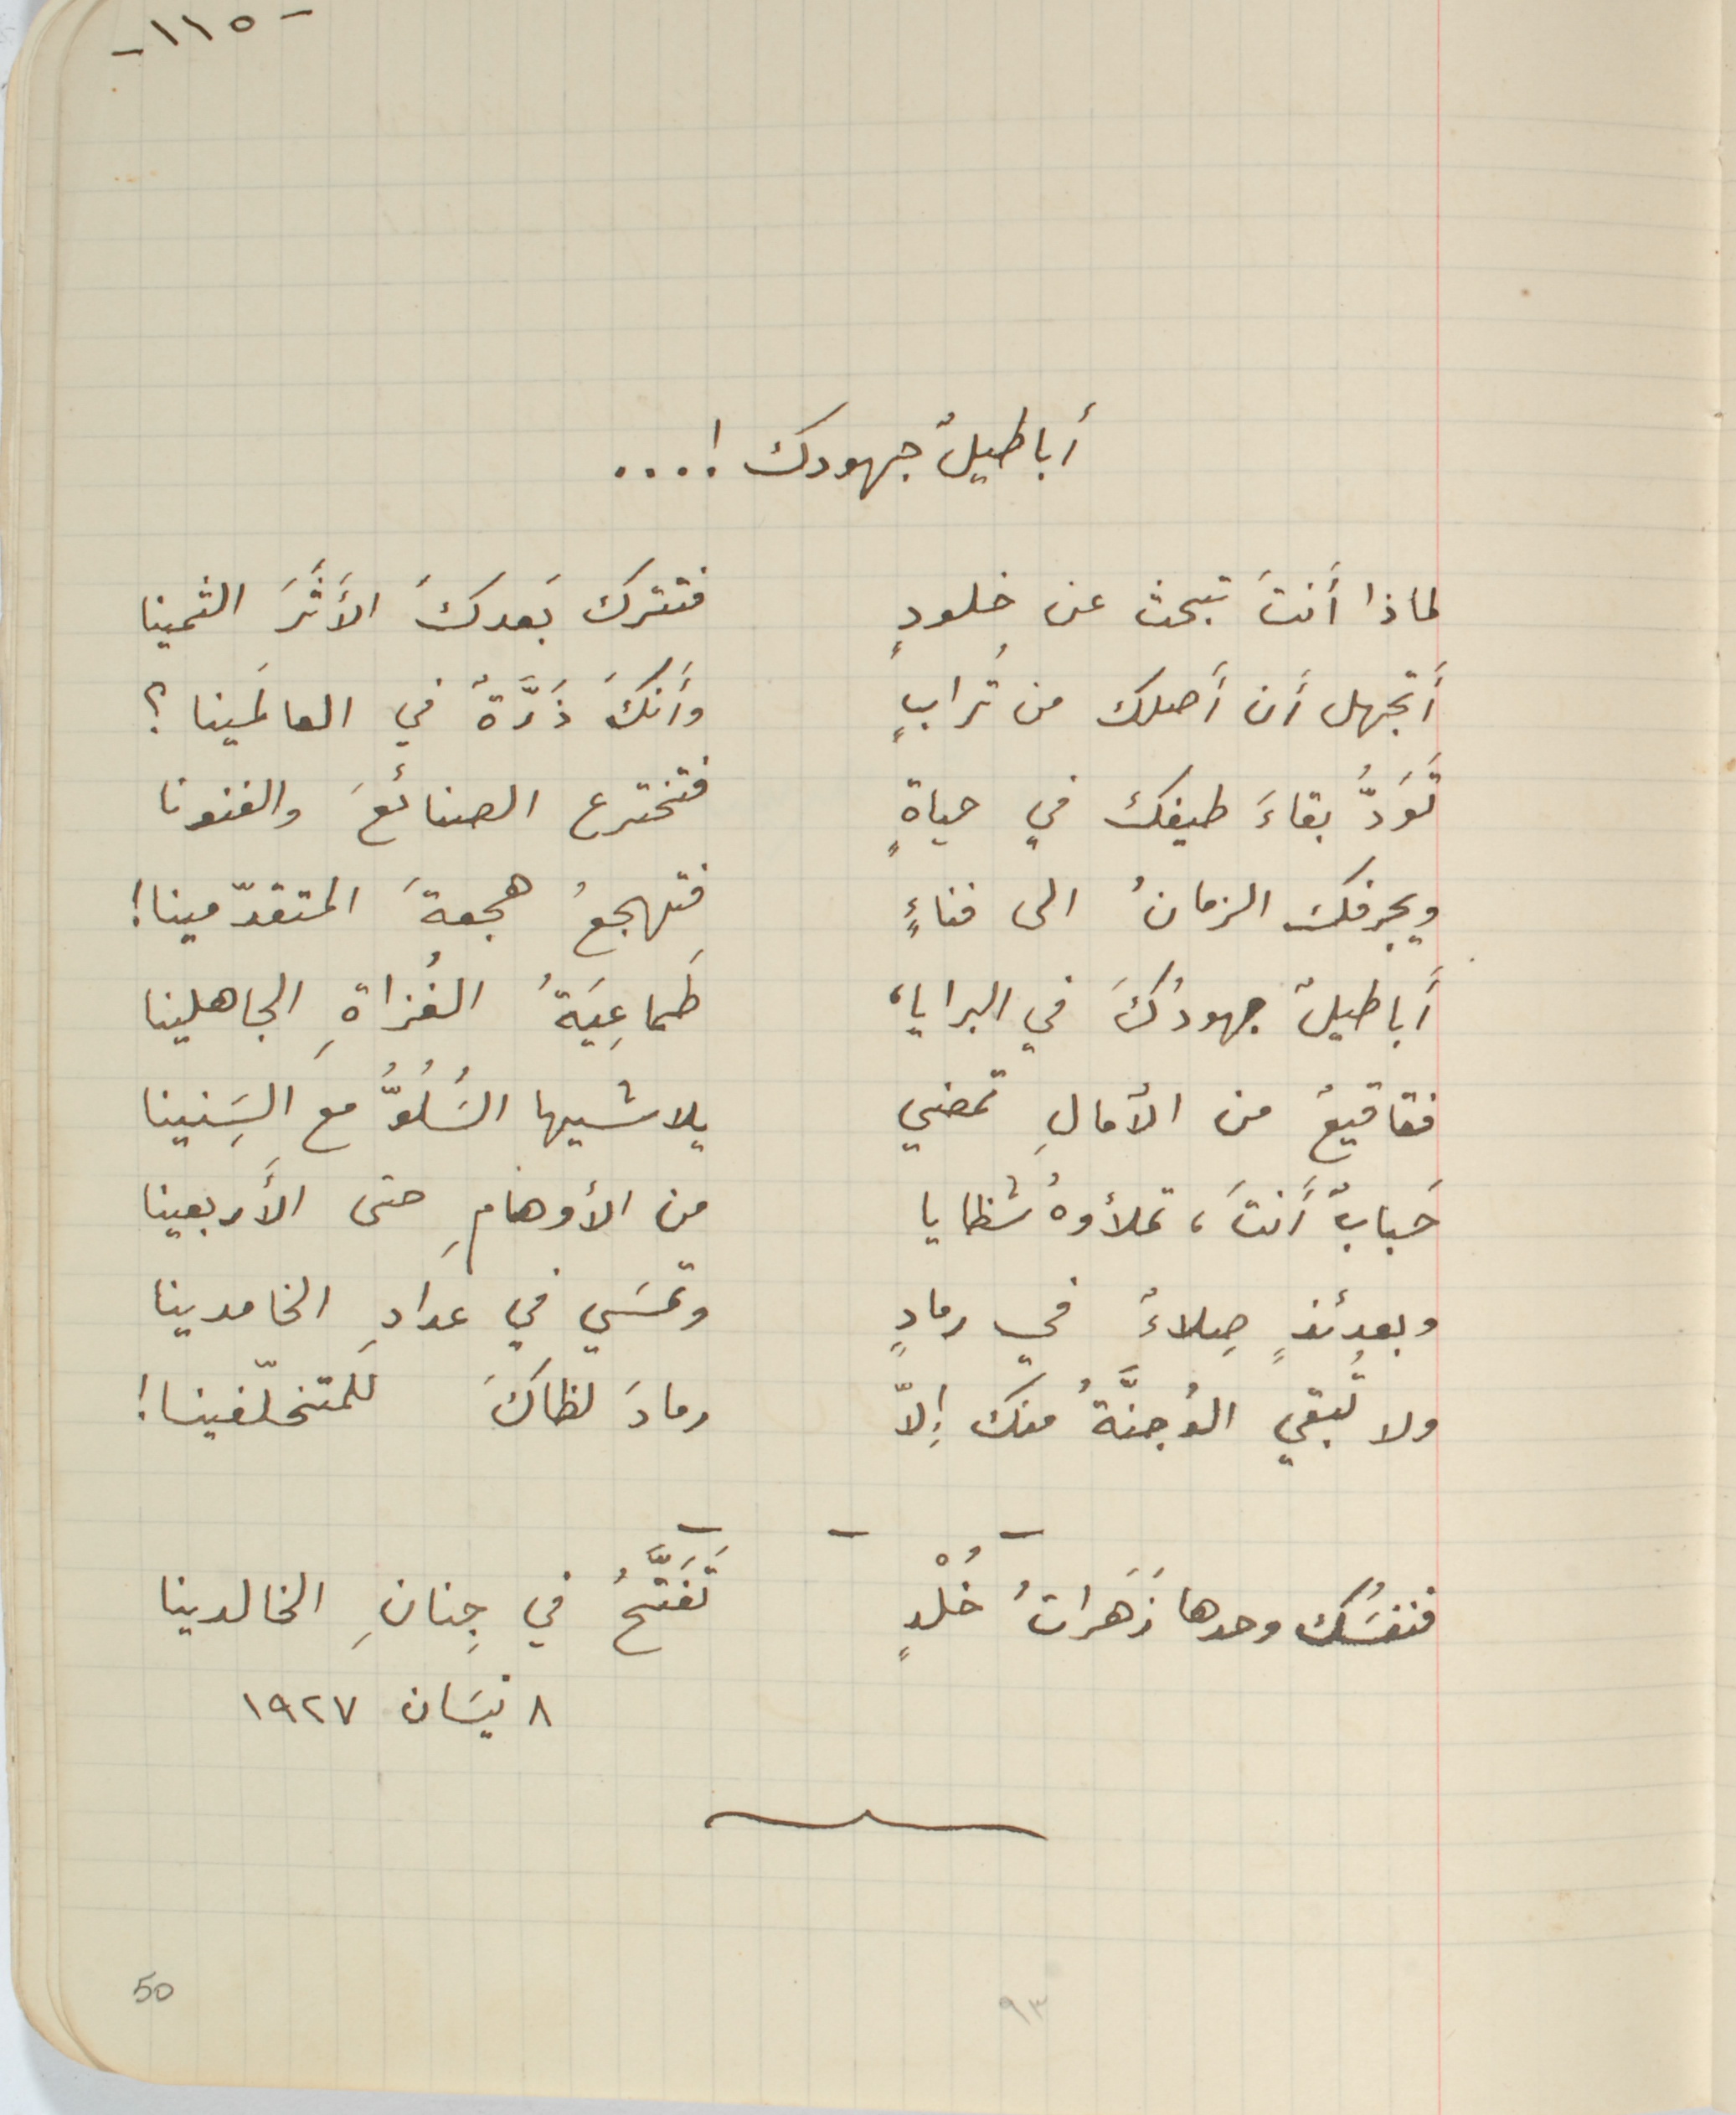
أباطيلُ جهودك ! ...
لماذا أَنتَ تبحث عن خلودٍ فتترك بَعدكَ الأَثَرَ الثمينا
أَتجهل أَن أَصلك من تُرابٍ وأَنكَ ذَرَّةٌ في العالَمينا؟
تَوَدَُ بقاءَ طيفك في حياةٍ فتخترع الصنائعَ والفنونا
ويجرفك الزمانُ الى فناءٍ فتهجعُ هجعةَ المتقدّمينا!
أباطيلٌ جهودُكَ في البرايا، طَماعِيَةُ الغُزاةِ الجاهلينا
فقاقيعٌ من الأمالِ تمضي يلاشيها السَُلُوُّ معَ السَِنينا
حَبابٌ أَنتَ، تملأوهُ شظايا من الأوهامِ حتى الأَربعينا
وبعدئذٍ صلاءٌ في رمادٍ وتمسَي في عدادِ الخامدينا
ولا تبقي الوُجنَّةُ منك إِلاّ وما لظاكَ للمتخلّفينا!
فنفسَُك وحدها زَهَراتُ خُلْدٍ تَفَتَّحُ في جِنانِ الخالدينا
٨ نيسَان ١٩٢٧
50
-١١٥-